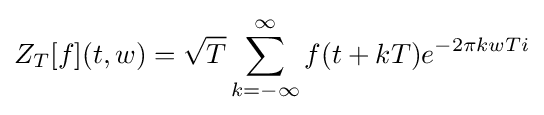
Z_{T}[f](t,w)={\sqrt {T}}\sum _{k=-\infty }^{\infty }f(t+kT)e^{-2\pi kwTi}